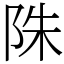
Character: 陎